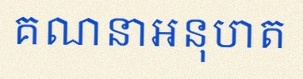
គណនាអនុបាត